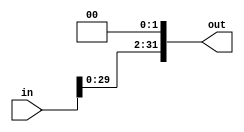


// file shifter.v


module shifter(
	input wire [31:0] in,
	output reg [31:0] out);
	
	always @* begin
		out <= in << 2;
	end

endmodule